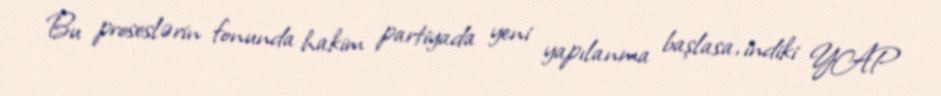
Bu proseslərin fonunda hakim partiyada yeni yapılanma başlasa, indiki YAP